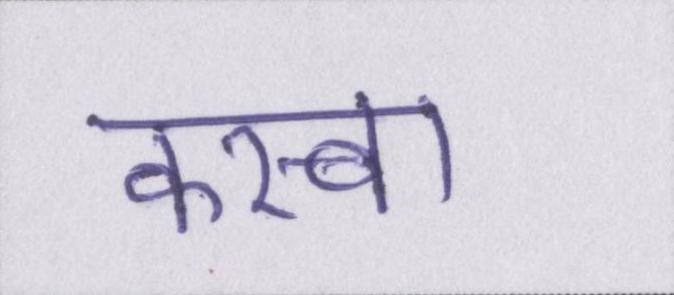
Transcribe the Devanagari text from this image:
कस्बा